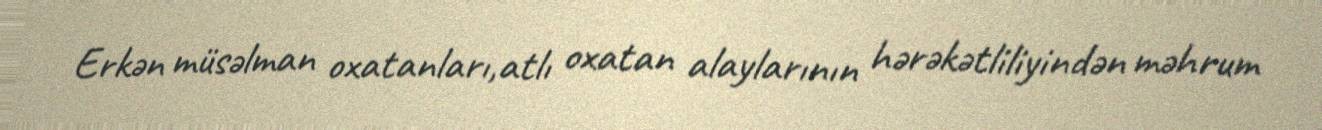
Erkən müsəlman oxatanları,atlı oxatan alaylarının hərəkətliliyindən məhrum